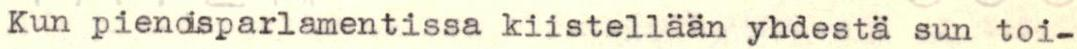
Kun piendsparlamentissa kiistellään yhdestä sun toi-